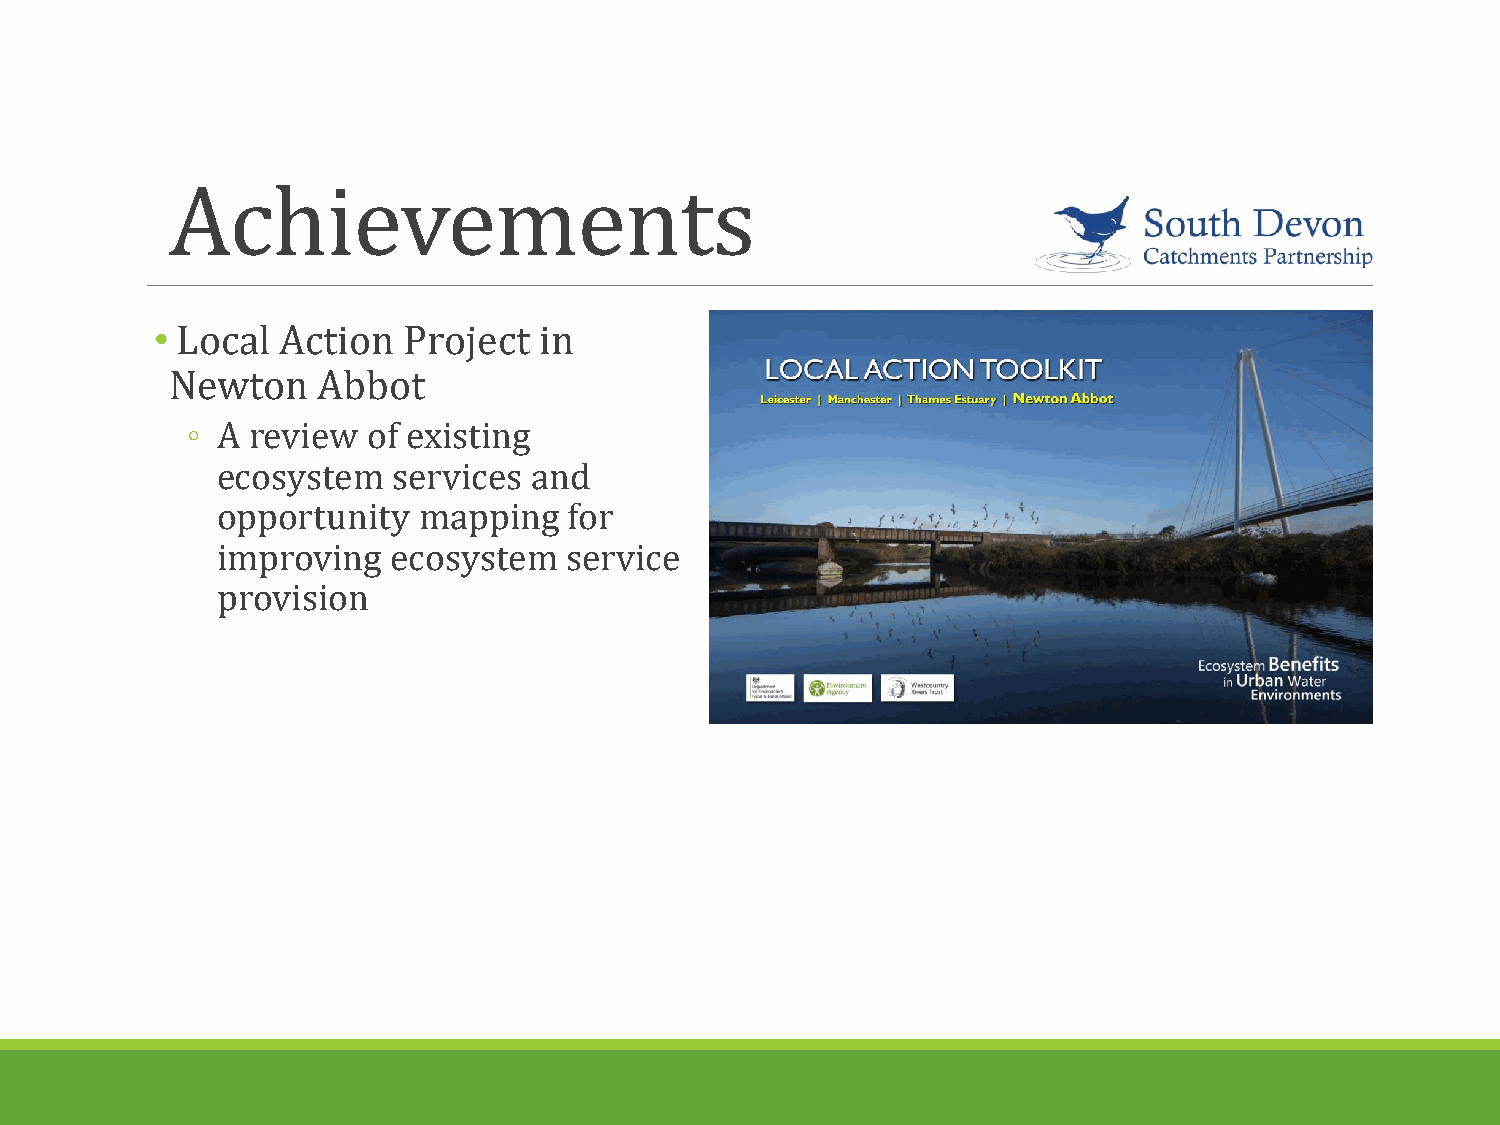
Achievements
 • Local  Action  Project  in
 Newton    Abbot
 ◦ A review  of existing
 ecosystem   services and
 opportunity   mapping   for
 improving   ecosystem  service
 provision